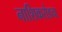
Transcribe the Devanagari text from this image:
नाशिकरोडचा